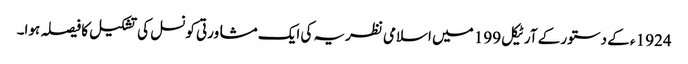
1924 ء کے دستور کے آرٹیکل 199 میں اسلامی نظریہ کی ایک مشاورتی کونسل کی تشکیل کا فیصلہ ہوا۔